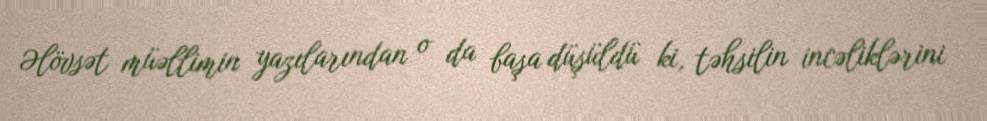
Əlövsət müəllimin yazılarından o da başa düşüldü ki, təhsilin incəliklərini